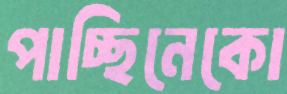
পাচ্ছিনেকো